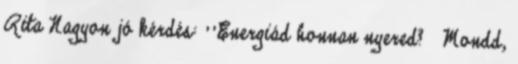
Rita Nagyon jó kérdés: ''Energiád honnan nyered? Mondd,